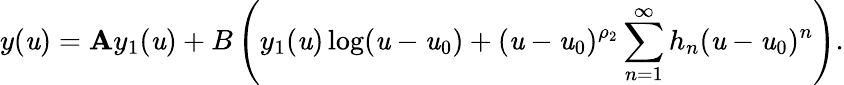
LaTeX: y(\mathit{u})=\mathbf{A}y_{1}(\mathit{u})+B\left(y_{1}(\mathit{u})\log(\mathit{u}-\mathit{u}_{0})+(\mathit{u}-\mathit{u}_{0})^{\rho_{2}}\sum_{n=1}^{\infty}h_{n}(\mathit{u}-\mathit{u}_{0})^{n}\right).